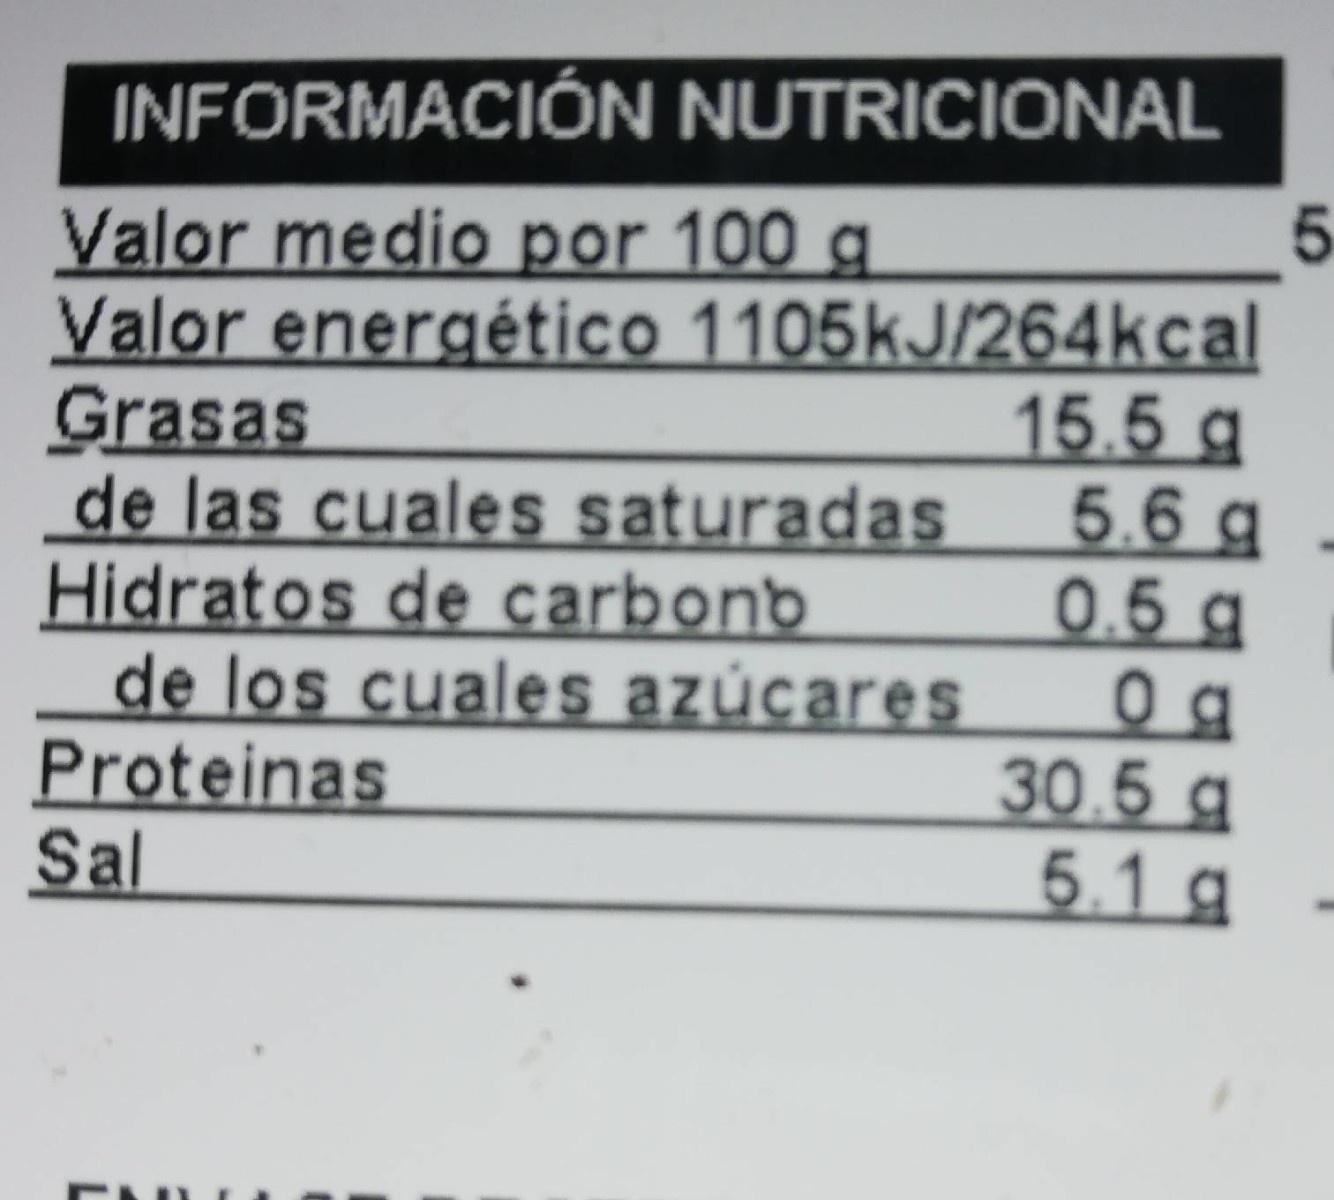
INFORMACIÓN NUTRICIONAL 5. Valor medio por 100 g Valor energético 1105kJ/264kcal Grasas de las cuales saturadas Hidratos de carbond de los cuales azúcares Proteinas Sal 15.5 g 5.6 g 0.5 g 30.5 g 5.1 g